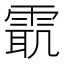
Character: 𱁜